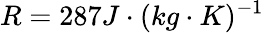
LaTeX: R=287J\cdot(kg\cdot K)^{-1}